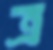
ত্র